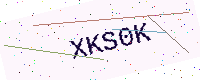
Text: XKS0K